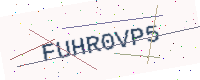
Text: FUHR0VP5